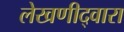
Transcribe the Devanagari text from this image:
लेखणीद्वारा